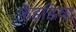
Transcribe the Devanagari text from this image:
फेइडिया